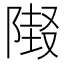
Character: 𲉜